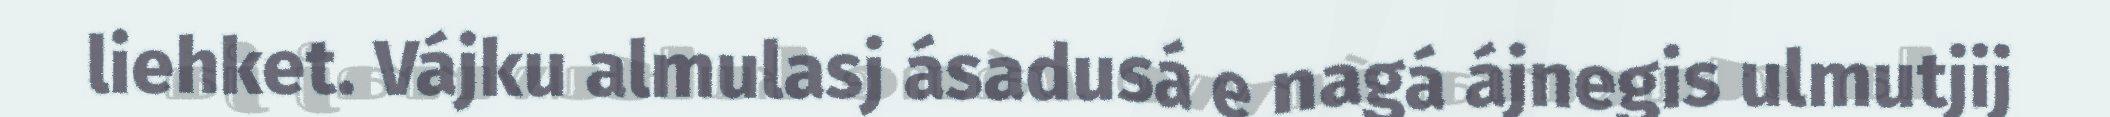
liehket. Vájku almulasj ásadusá e nagá ájnegis ulmutjij